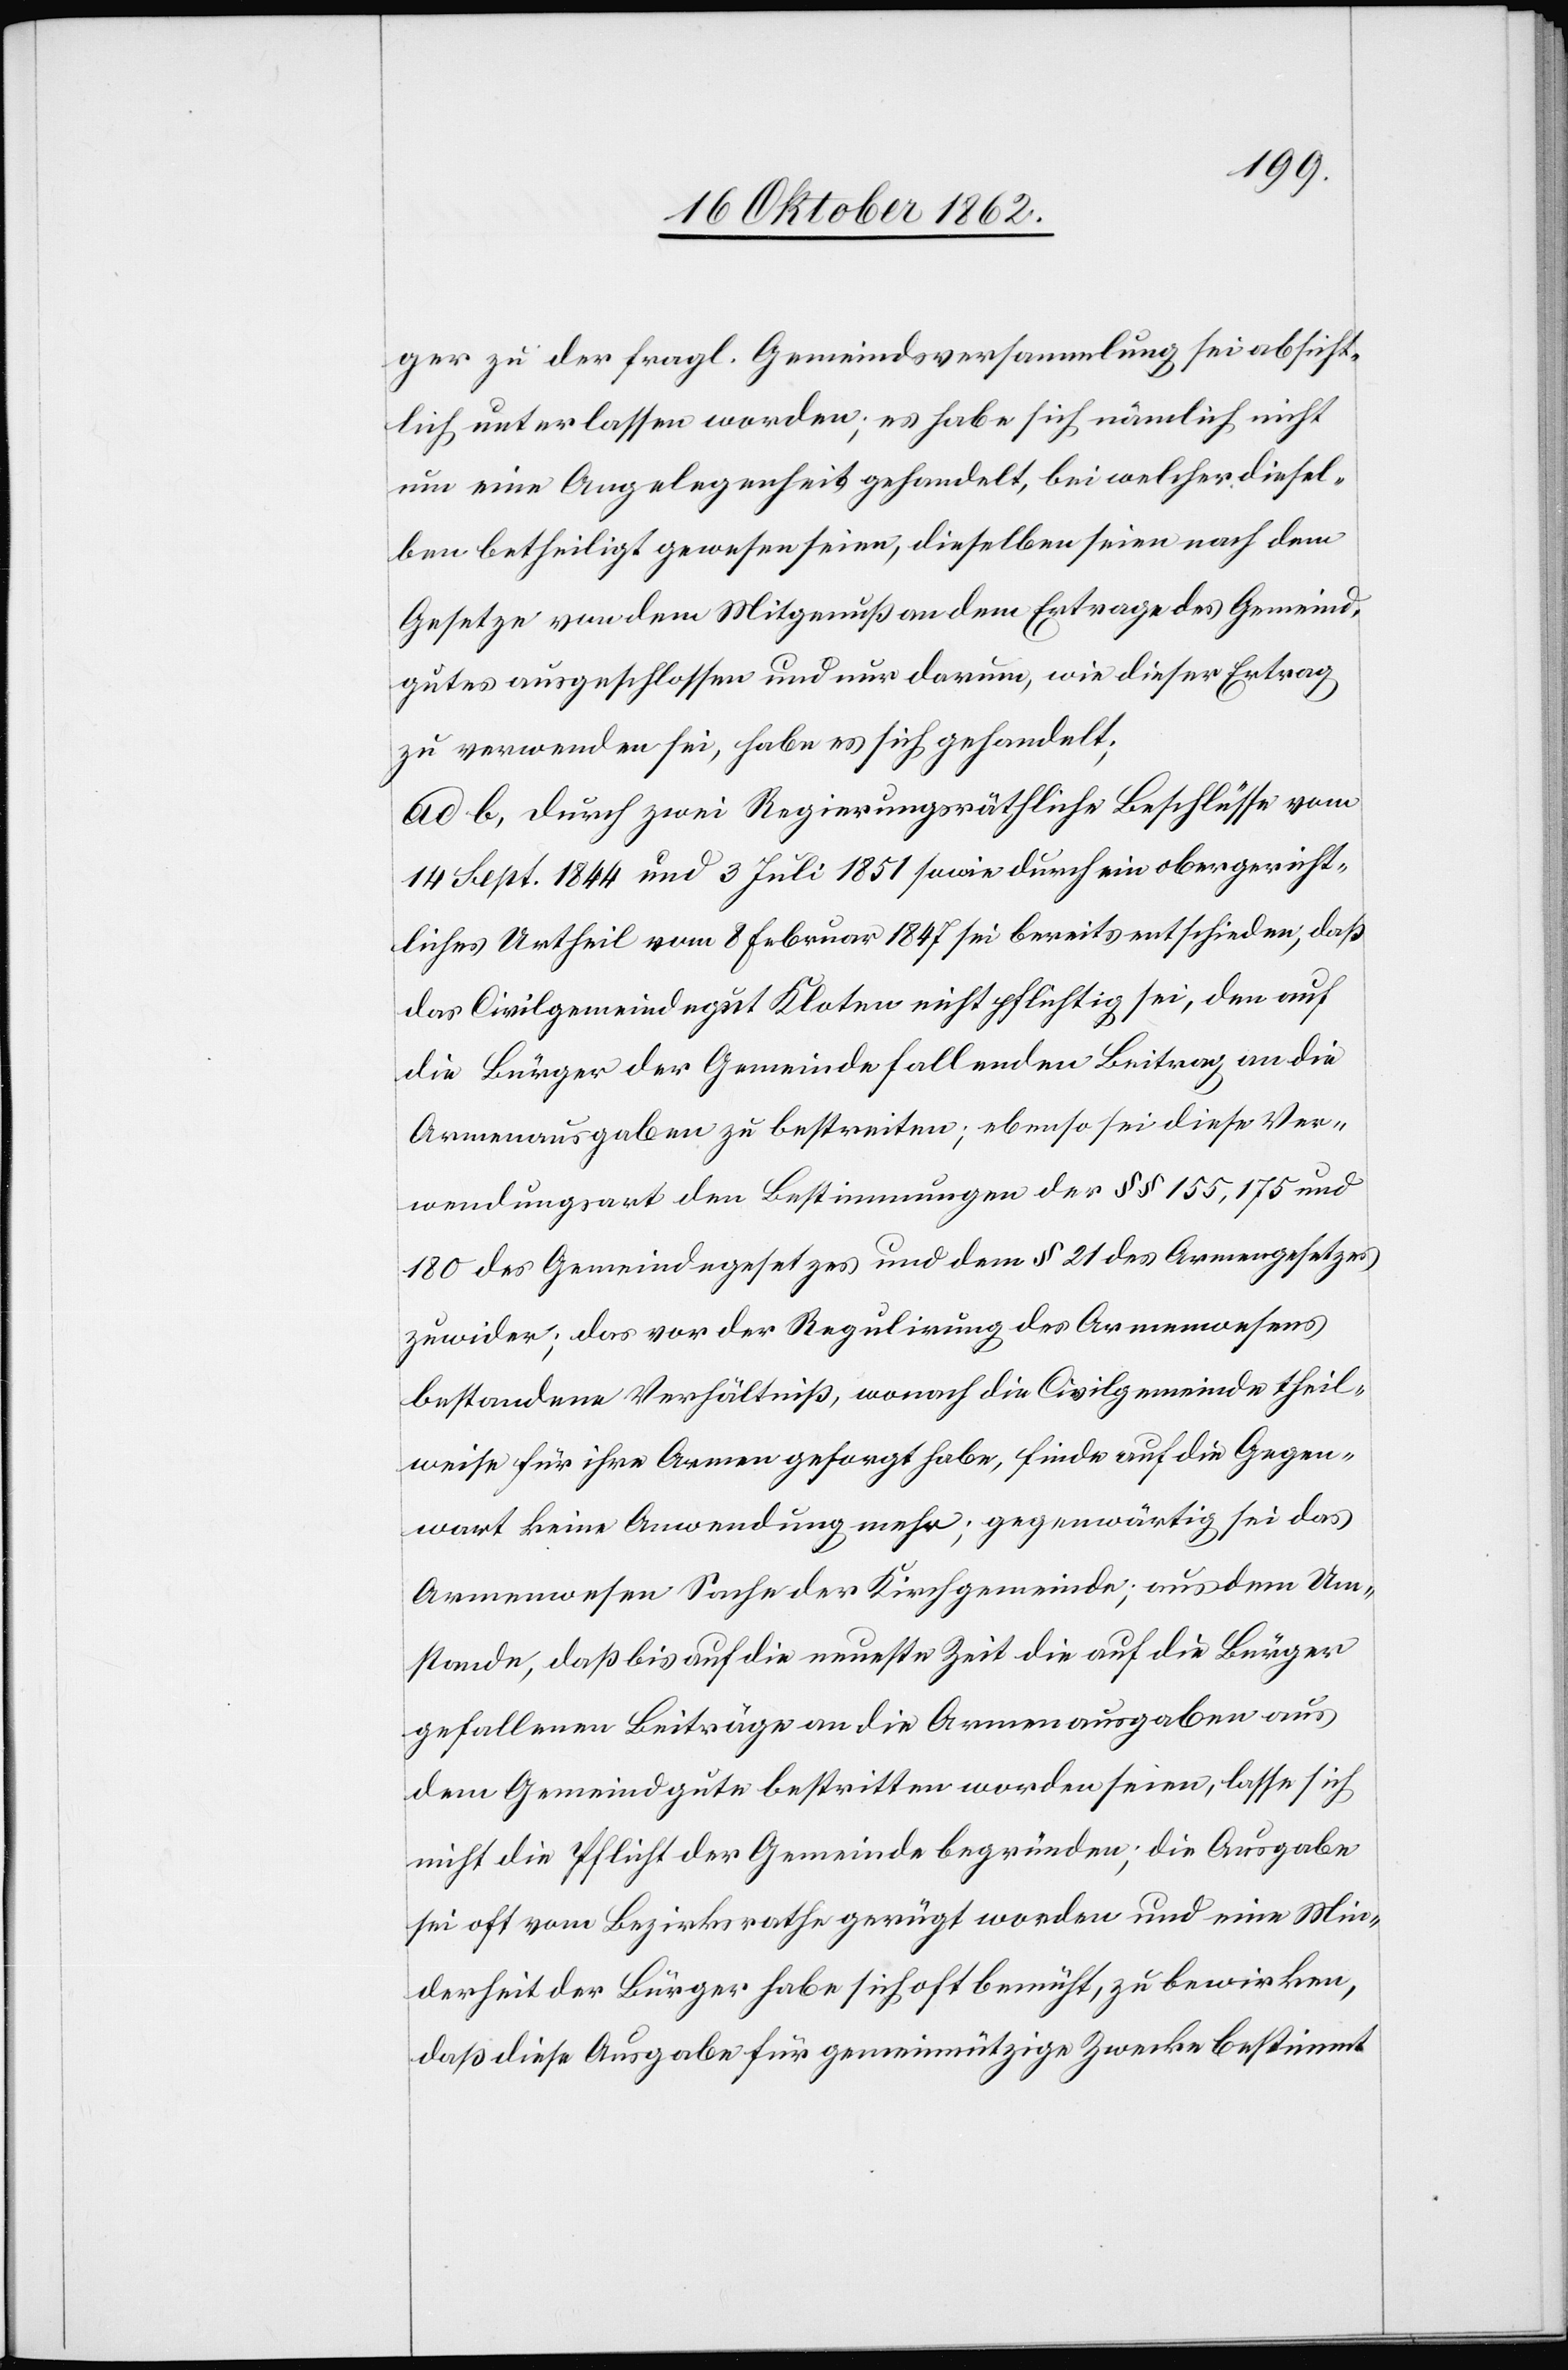
ger zu der fragl. Gemeindsversammlung sei absicht¬
lich unterlassen worden; es habe sich nämlich nicht
um eine Angelegenheit behandelt, bei welcher diesel¬
ben betheiligt gewesen seien, dieselben seien nach dem
Gesetzes von dem Mitgenuß an dem Ertrage des Gemeind¬
gutes ausgeschlossen und nur darum, wie dieser Ertrag
zu verwenden sei, habe es sich gehandelt;
ad b. durch zwei Regierungsräthliche Beschlüsse vom
14. Sept. 1844 und 3. Juli 1851 sowie durch ein obergericht¬
liches Urtheil vom 8. Februar 1847 sei bereits entschieden, daß
das Civilgemeindgut Kloten nicht pflichtig sei, den auf
die Bürger der Gemeinde fallenden Beitrag an die
Armenausgaben zu bestreiten; ebenso sei diese Ver¬
wendungsart den Bestimmungen der §§ 155, 175 und.
180 des Gemeindegesetzes und dem § 21 des Armengesetzes
zuwider; das vor der Regulirung des Armenwesens
bestandene Verhältniß, wonach die Civilgemeinde theil¬
weise für ihre Armen gesorgt habe, finde auf die Gegen¬
wart keine Anwendung mehr; gegenwärtig sei das
Armenwesen Sache der Kirchgemeinde; aus dem Um¬
stande, daß bis auf die neueste Zeit die auf die Bürger
gefallenen Beiträge an die Armenausgaben aus
dem Gemeindgute bestritten worden seien, lasse sich
nicht die Pflicht der Gemeinde begründen, die Ausgabe
sei oft vom Bezirksrathe gerügt worden und eine Min¬
derheit der Bürger habe sich oft bemüht, zu bewirken,
daß diese Ausgabe für gemeinnützige Zwecke bestimmt